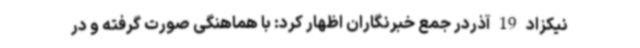
نیکزاد 19 آذردر جمع خبرنگاران اظهار کرد: با هماهنگی صورت گرفته و در